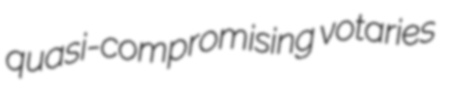
quasi-compromising votaries